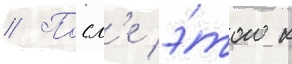
// Посл'е э́того к